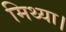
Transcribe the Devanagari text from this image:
मिथ्या।